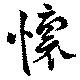
懷